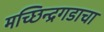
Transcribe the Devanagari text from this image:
मच्छिन्द्रगडाचा